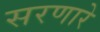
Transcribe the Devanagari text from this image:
सरणारे